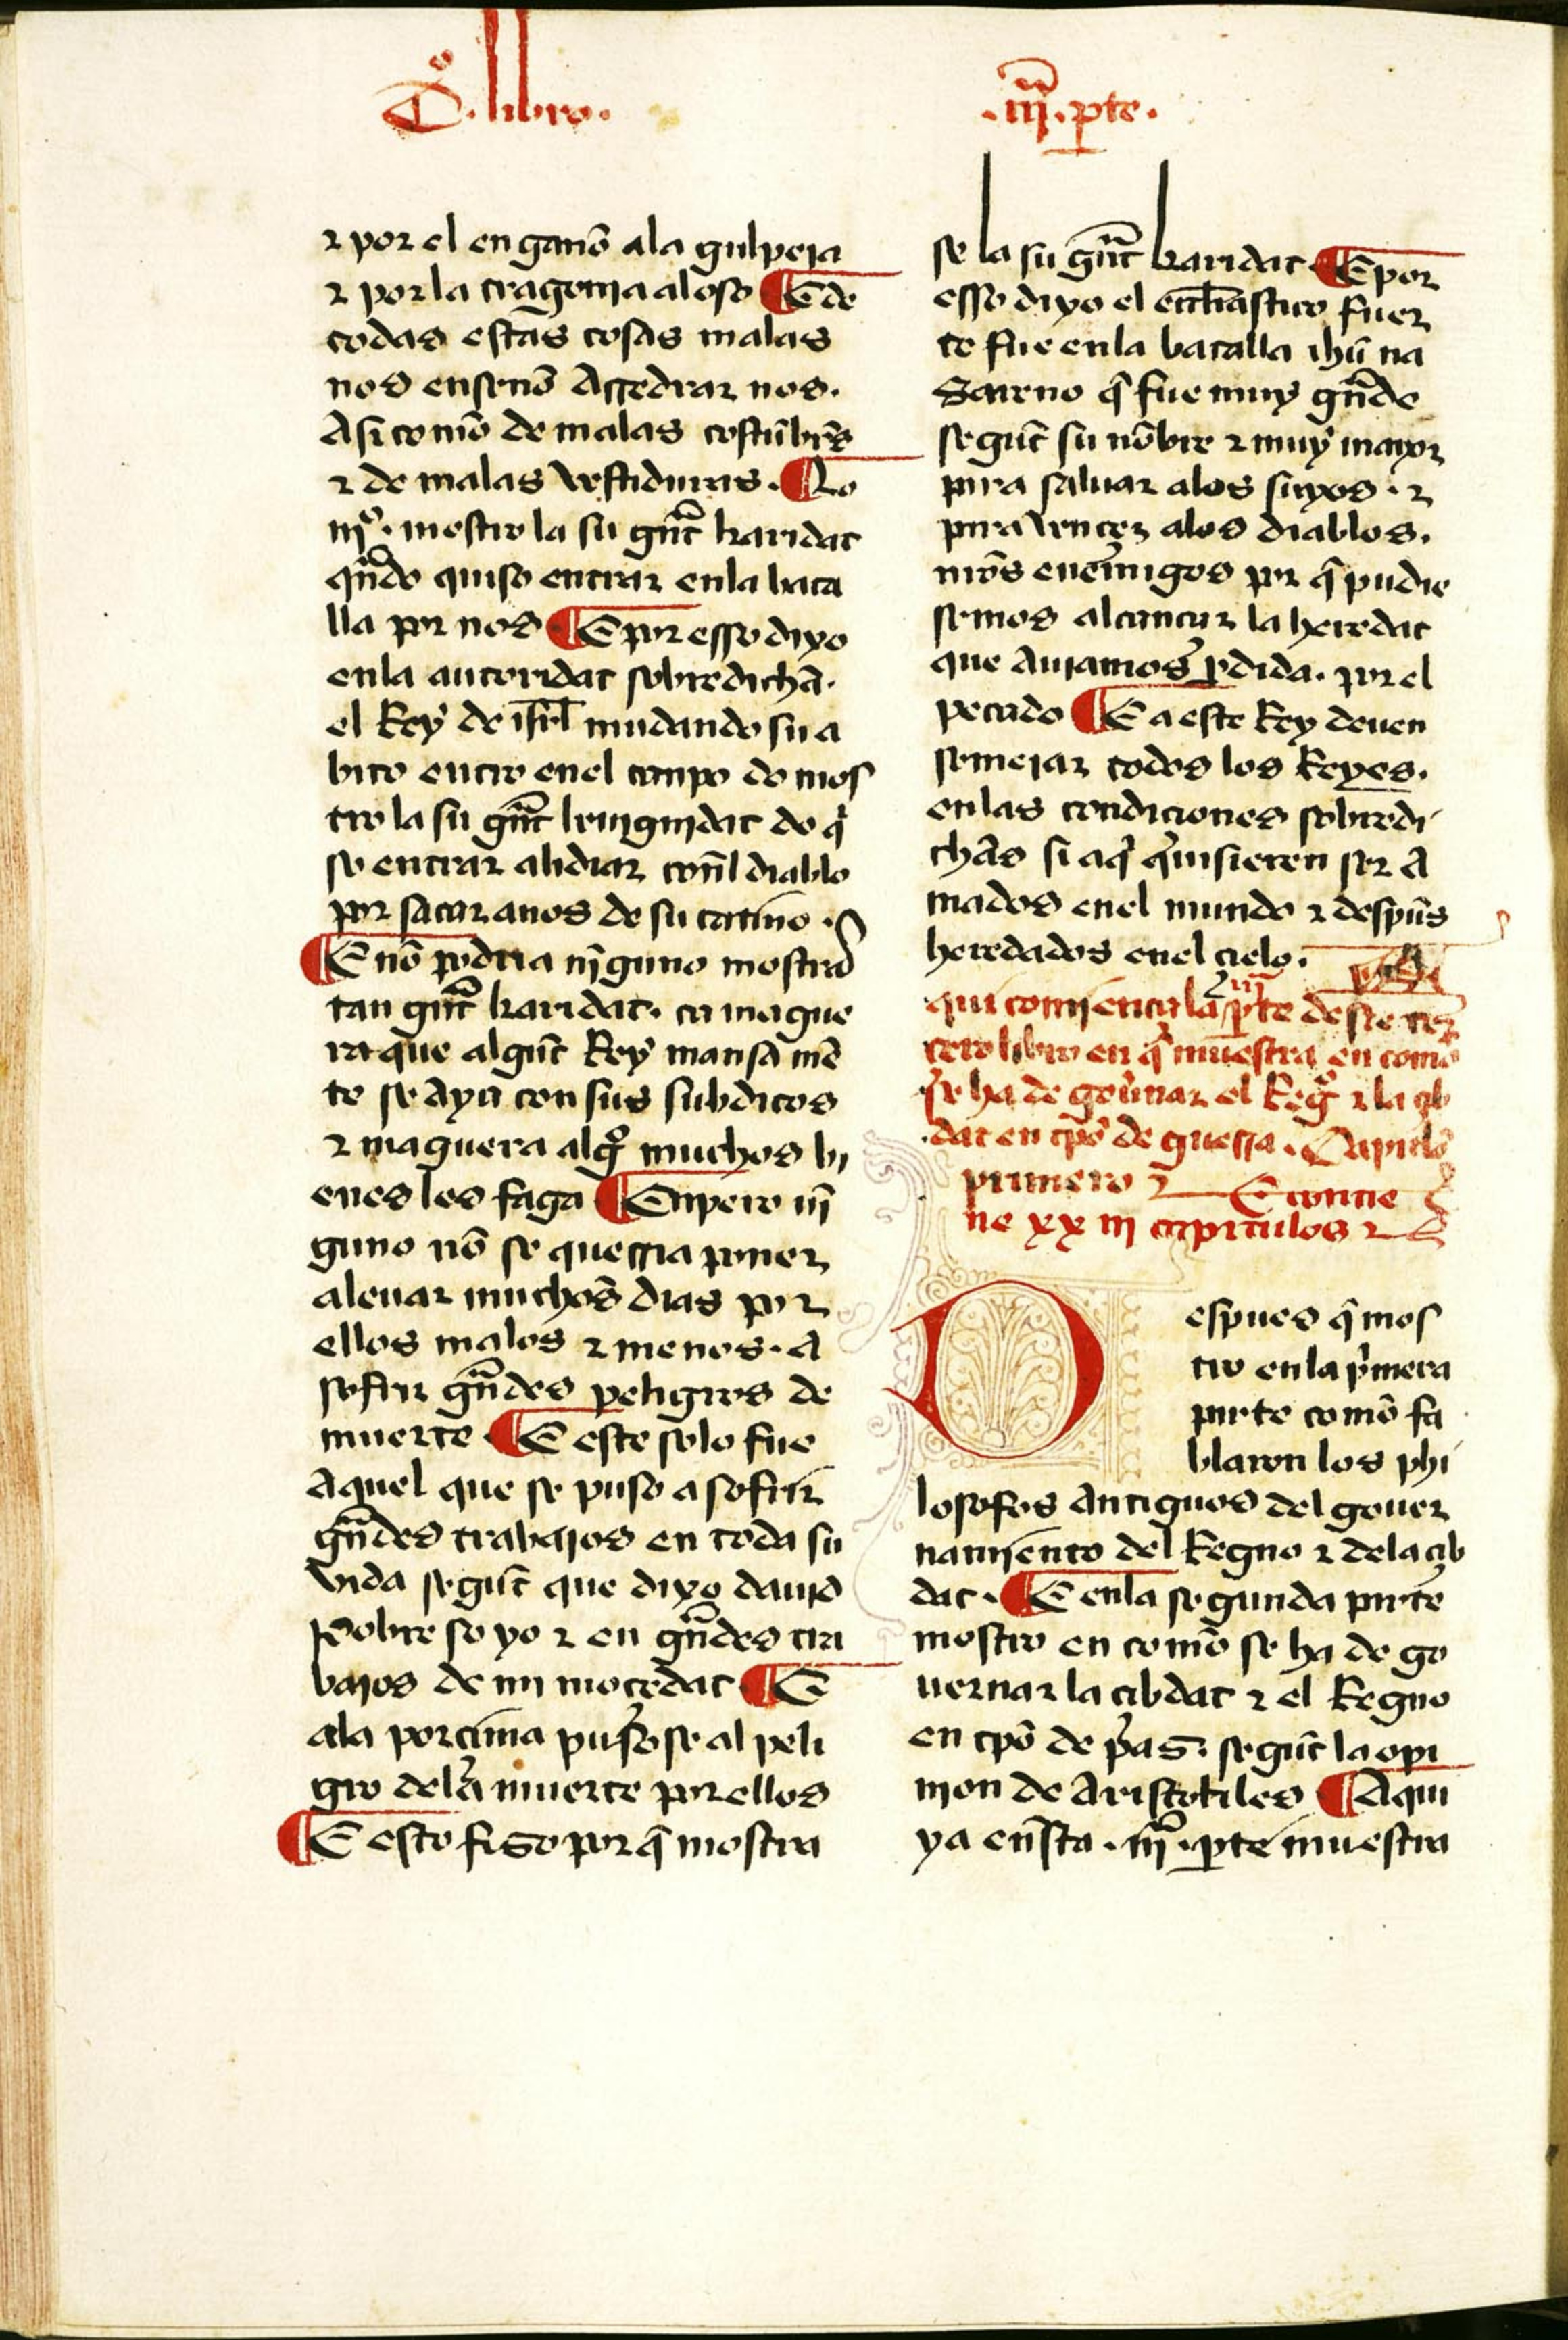
Shelfmark: Salamanca, Biblioteca Histórica USAL, 2097
Century: 15